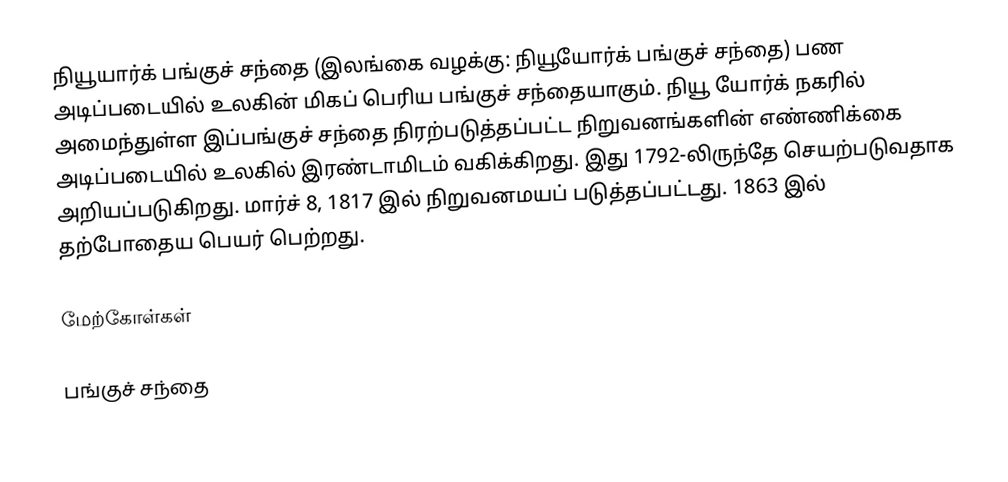
நியூயார்க் பங்குச் சந்தை (இலங்கை வழக்கு: நியூயோர்க் பங்குச் சந்தை) பண அடிப்படையில் உலகின் மிகப் பெரிய பங்குச் சந்தையாகும். நியூ யோர்க் நகரில் அமைந்துள்ள இப்பங்குச் சந்தை நிரற்படுத்தப்பட்ட நிறுவனங்களின் எண்ணிக்கை அடிப்படையில் உலகில் இரண்டாமிடம் வகிக்கிறது. இது 1792-லிருந்தே செயற்படுவதாக அறியப்படுகிறது. மார்ச் 8, 1817 இல் நிறுவனமயப் படுத்தப்பட்டது. 1863 இல் தற்போதைய பெயர் பெற்றது.

மேற்கோள்கள்

பங்குச் சந்தை